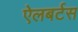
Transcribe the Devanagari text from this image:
ऐलबर्टस